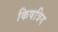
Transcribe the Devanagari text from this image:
किषत्रिय